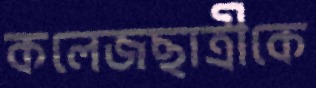
কলেজছাত্রীকে